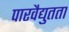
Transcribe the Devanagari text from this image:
पारवैद्युतता